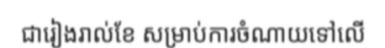
ជារៀងរាល់ខែ សម្រាប់ការចំណាយទៅលើ